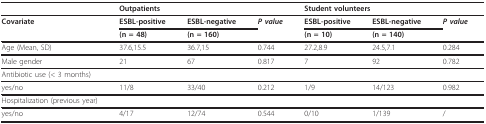
<table><thead><tr><td></td><td colspan="2"><b>Outpatients</b></td><td></td><td colspan="2"><b>Student volunteers</b></td><td></td></tr></thead><tbody><tr><td><b>Covariate</b></td><td><b>ESBL-positive</b></td><td><b>ESBL-negative</b></td><td><b><i>P value</i></b></td><td><b>ESBL-positive</b></td><td><b>ESBL-negative</b></td><td><b><i>P value</i></b></td></tr><tr><td></td><td><b>(n = 48)</b></td><td><b>(n = 160)</b></td><td></td><td><b>(n = 10)</b></td><td><b>(n = 140)</b></td><td></td></tr><tr><td>Age (Mean, SD)</td><td>37.6,15.5</td><td>36.7,15</td><td>0.744</td><td>27.2,8.9</td><td>24.5,7.1</td><td>0.284</td></tr><tr><td>Male gender</td><td>21</td><td>67</td><td>0.817</td><td>7</td><td>92</td><td>0.782</td></tr><tr><td>Antibiotic use (&lt; 3 months)</td><td></td><td></td><td></td><td></td><td></td><td></td></tr><tr><td>yes/no</td><td>11/8</td><td>33/40</td><td>0.212</td><td>1/9</td><td>14/123</td><td>0.982</td></tr><tr><td>Hospitalization (previous year)</td><td></td><td></td><td></td><td></td><td></td><td></td></tr><tr><td>yes/no</td><td>4/17</td><td>12/74</td><td>0.544</td><td>0/10</td><td>1/139</td><td>/</td></tr></tbody></table>